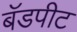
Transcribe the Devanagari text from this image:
बॅडपीट